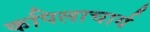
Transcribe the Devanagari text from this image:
कपिलाचार्य